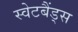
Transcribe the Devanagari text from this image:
स्वेटबैंड्स